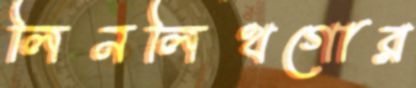
লিনলিথগোর